Burma Government Medical School reports 1923-41
Year: 1923
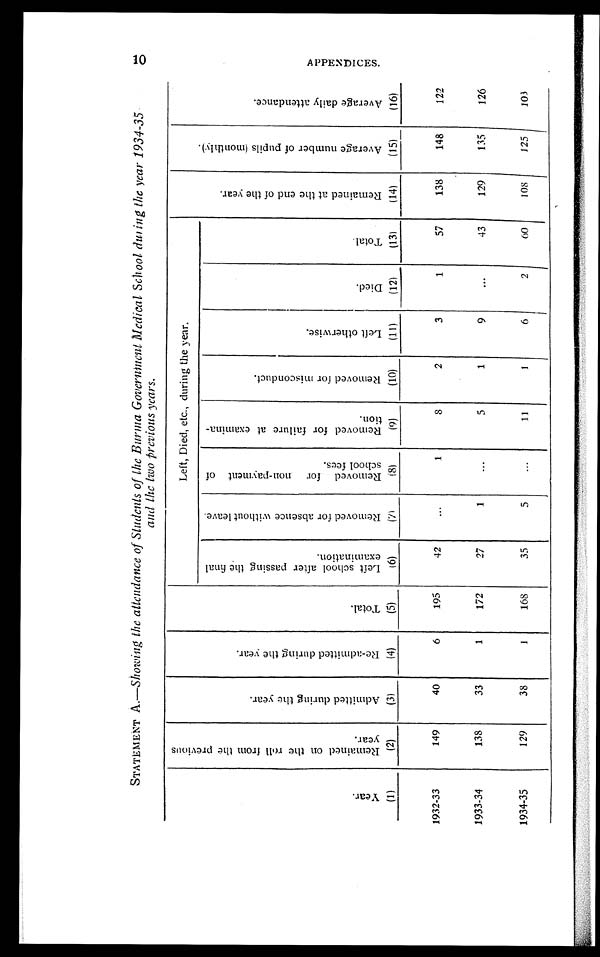
STATEMENT A.—Showing the attendance of Students of the Burma Government Medical School during the year 1934-35
and the two previous years.
Y e a r .
(1)
R e m a i n e d o n t h e r o l l f r o m t h e p r e v i o u s y e a r .
(2)
A d m i t t e d d u r i n g t h e y e a r .
(3)
R e - a d m i t t e d d u r i n g t h e y e a r . ( 4 0
T o t a l ( 5 )
Left, Died, etc., during the year.
R e m a i n e d a t t h e e n d o f t h e y e a r .
(14)
A v e r a g e n u m b e r o f p u p i l s ( m o n t h l y )
(15)
A v e r a g e d a i l y a t t e n d a n c e .
(16)
L e f t s c h o o l a f t e r p a s s i n g t h e f i n a l e x a m i n a t i o n .
(6)
R e m o v e d f o r a b s e n c e w i t h o u t l e a v e . ( 7 )
R e m o v e d f o r n o n - p a y m e n t o f s c h o o l f e e s .
(8)
R e m o v e d f o r f a i l u r e a t e x a m i n a t i o n .
(9)
R e m o v e d f o r m i s c o n d u c t .
(10)
L e f t o t h e r w i s e .
(11)
D i e d .
(12)
T o t a l .
(13)
1932-33
149
40
6
195
42
...
1
S
2
3
1
57
138
148
122
1933-34
138
33
1
172
27
1
...
5
1
9
...
43
129
135
126
1934-35
129
38
1
168
35
5
...
11
1
6
2
60
108
125
103
A P P E N D I C E S .